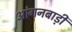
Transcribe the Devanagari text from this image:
आंगनबाड़़ी